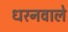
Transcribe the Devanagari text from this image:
धरनवाले